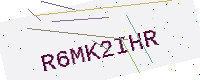
Text: R6MK2IHR